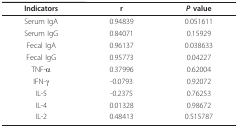
| Indicators | r | P value |
 | --- | --- | --- |
 | Serum IgA | 0.94839 | 0.051611 |
 | Serum IgG | 0.84071 | 0.15929 |
 | Fecal IgA | 0.96137 | 0.038633 |
 | Fecal IgG | 0.95773 | 0.04227 |
 | TNF-α | 0.37996 | 0.62004 |
 | IFN-γ | -0.0793 | 0.92072 |
 | IL-5 | -0.2375 | 0.76253 |
 | IL-4 | 0.01328 | 0.98672 |
 | IL-2 | 0.48413 | 0.515787 |